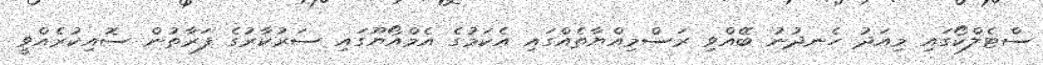
ސްޓެލްކޯގައި މިއަދު ހެނދުނު ބޭއްވި ރަސްމިއްޔާތެއްގައި އެކަމުގެ އެމްއޯޔޫގައި ސަރުކާރުގެ ފަރާތުން ސޮއިކުރެއްވީ